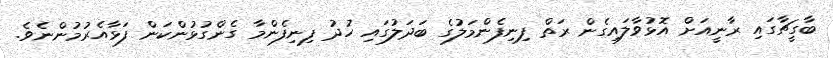
ބާގީޗާގައި ރާނީއަށް އޮޅުވާލައިގެން ރަތް ފިނިފެންމަލުގެ ބަދަލުގައި ހުދު ފިނިފެންމާ ގެންގުޅުންކަން ފަޅާއެރުމުންނެވެ.